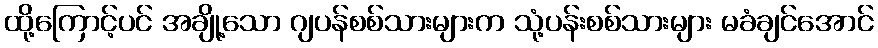
ထို့ကြောင့်ပင် အချို့သော ဂျပန်စစ်သားများက သုံ့ပန်းစစ်သားများ မခံချင်အောင်